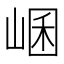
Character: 𡸙